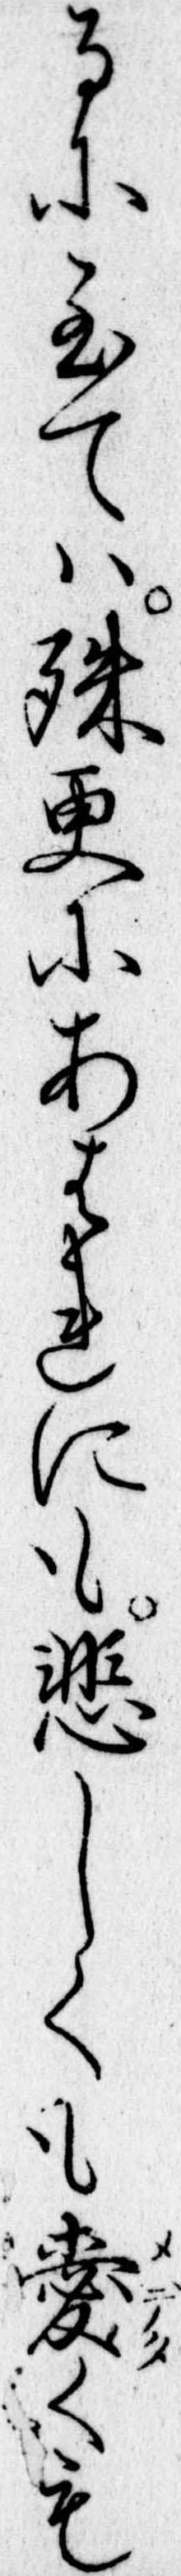
るに至ては殊更にあはれにも悲しくも愛くも